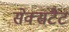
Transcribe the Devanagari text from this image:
सेक्सटैट